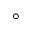
\circ